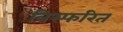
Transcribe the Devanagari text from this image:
विस्फरित